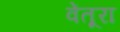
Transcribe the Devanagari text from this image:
वेंतूरा